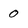
Character: 0